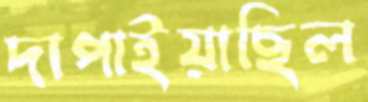
দাপাইয়াছিল